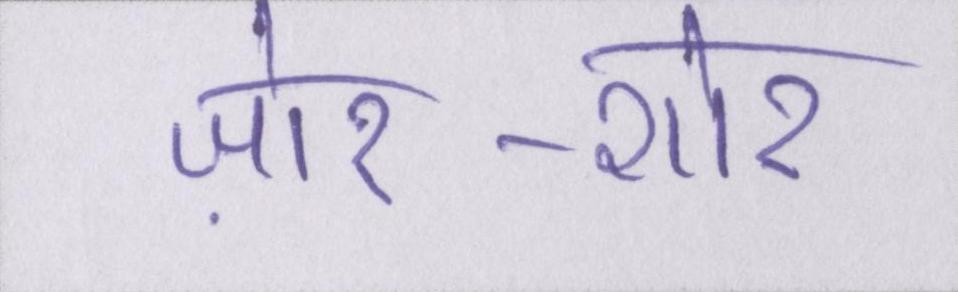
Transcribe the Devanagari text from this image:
ज़ोर-शोर